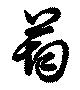
筠